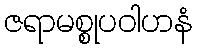
ဇရာမစ္စုပဝါဟနံ